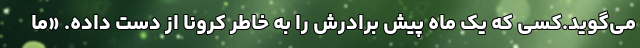
می‌گوید.کسی که یک ماه پیش برادرش را به خاطر کرونا از دست داده. «ما